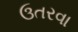
ઉતરવા